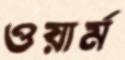
ওয়ার্ম